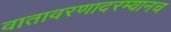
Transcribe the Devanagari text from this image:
वातावरणादरम्यानच